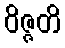
ဝိဇ္ဇတိ